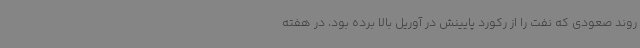
روند صعودی که نفت را از رکورد پایینش در آوریل بالا برده بود، در هفته